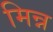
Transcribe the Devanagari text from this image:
मिन्न